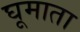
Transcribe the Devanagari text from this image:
घूमाता